Report on sanitation, dispensaries, and jails in Rajputana for 1919, and on vaccination for the year 1919-1920 - 1919-1920
Year: 1919
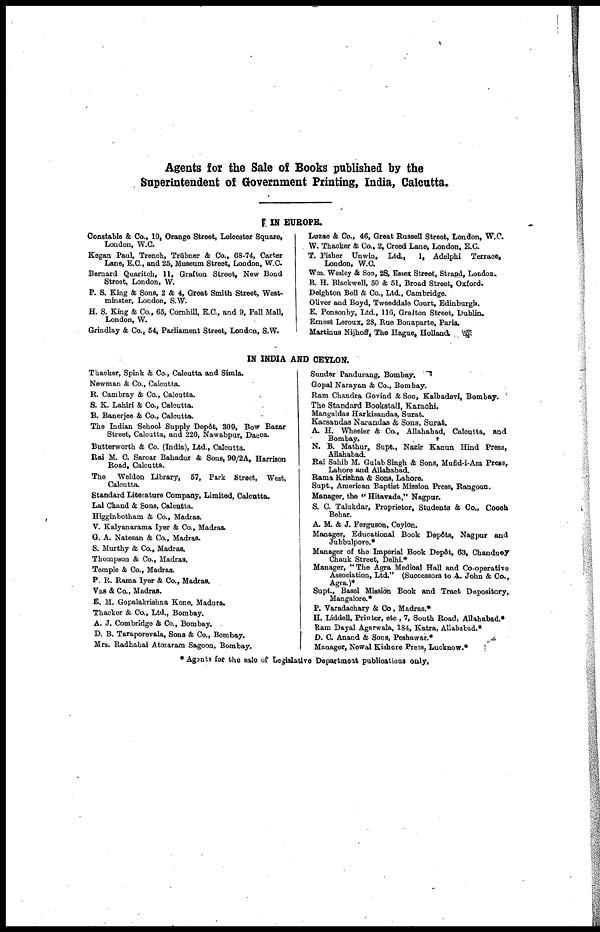
Agents for the Sale of Books published by the
Superintendent of Government Printing, India, Calcutta.
IN EUROPE.
Constable & Co., 10, Orange Street, Leicester Square,
London, W.C.
Kegan Paul, Trench, Trübner & Co., 68-74, Carter
Lane, E.C., and 25, Museum Street, London, W.C.
Bernard Quaritch, 11, Grafton Street, New Bond
Street, London, W.
P. S. King & Sons, 2 & 4, Great Smith Street, West-
minster, London, S.W.
H. S. King & Co., 65, Cornhill, E.C., and 9, Pall Mall,
London, W.
Grindlay & Co., 54, Parliament Street, London, S.W.
Luzac & Co., 46, Great Russell Street, London, W.C.
W. Thacker & Co., 2, Creed Lane, London, E.C.
T. Fisher Unwin, Ltd,
1, Adelphi Terrace,
London, W.C.
Wm. Wesley & Son, 28, Essex Street, Strand, London.
B. H. Blackwell, 50 & 51, Broad Street, Oxford.
Deighton Bell & Co., Ltd., Cambridge.
Oliver and Boyd, Tweeddale Court, Edinburgh.
E. Ponsonby, Ltd., 116, Grafton Street, Dublin.
Ernest Leroux, 28, Rue Bonaparte, Paris.
Martinus Nijhoff, The Hague, Holland
IN INDIA AND CEYLON.
Thacker, Spink & Co., Calcutta and Simla.
Newman & Co., Calcutta.
R. Cambray & Co., Calcutta.
S. K. Lahiri & Co., Calcutta.
B. Banerjee & Co., Calcutta.
The Indian School Supply Depôt, 309 Bow Bazar
Street, Calcutta, and 226, Nawabpur, Dacca.
Butterworth & Co. (India), Ltd., Calcutta.
Rai M. C. Sarcar Bahadur & Sons, 90/2A, Harrison
Road, Calcutta.
The
Weldon Library, 57, Park Street, West,
Calcutta.
Standard Literature Company, Limited, Calcutta.
Lal Chand & Sons, Calcutta.
Higginbotham & Co., Madras.
V. Kalyanarama Iyer & Co., Madras.
G. A. Natesan & Co., Madras.
S. Murthy & Co., Madras.
Thompson & Co., Madras.
Temple & Co., Madras.
P. R. Rama Iyer & Co., Madras.
Vas & Co., Madras.
E. M. Gopalakrishna Kone, Madura.
Thacker & Co., Ltd., Bombay.
A. J. Combridge & Co., Bombay.
D. B. Taraporevala, Sons & Co., Bombay.
Mrs. Radhabai Atmaram Sagoon, Bombay.
Sunder Pandurang, Bombay.
Gopal Narayan & Co., Bombay.
Ram Chandra Govind & Son, Kalbadevi, Bombay.
The Standard Bookstall, Karachi.
Mangaldas Harkisandas, Surat.
Karsandas Narandas & Sons, Surat.
A. H. Wheeler & Co., Allahabad, Calcutta, and
Bombay.
N. B. Mathur, Supt., Nazir Kanun Hind Press,
Allahabad.
Rai Sahib M. Gulab Singh & Sons, Mufid-i-Am Press,
Lahore and Allahabad.
Rama Krishna & Sons, Lahore.
Supt., American Baptist Mission Press, Rangoon.
Manager, the " Hitavada," Nagpur.
S. C. Talukdar, Proprietor, Students & Co., Cooch
Behar.
A. M. & J. Ferguson, Ceylon.
Manager, Educational Book Depôts, Nagpur and
Jubbulpore.*
Manager of the Imperial Book Depôt, 63, Chandney
Chauk Street, Delhi.*
Manager, "The Agra Medical Hall and Co-operative
Association, Ltd." (Successors to A. John & Co.
Agra.)*
Supt., Basel Mission Book and Tract Depository,
Mangalore.*
P. Varadachary & Co, Madras.*
H. Liddell, Printer, etc , 7, South Road, Allahabad.*
Ram Dayal Agarwala, 184, Katra, Allababad.*
D. C. Anand & Sons, Peshawar.*
Manager, Newal Kishore Press. Lucknow.*
* Agents for the sale of Legislative Department publications only.